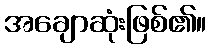
အချောဆုံးဖြစ်၏။